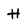
Character: H